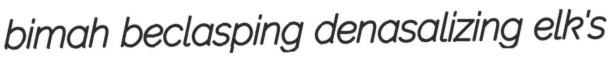
bimah beclasping denasalizing elk's